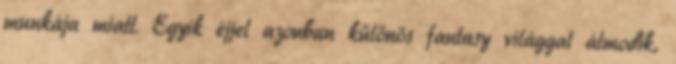
munkája miatt. Egyik éjjel azonban különös fantasy világgal álmodik,